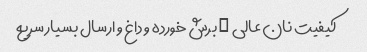
کیفیت نان عالی … برش خورده و داغ و ارسال بسیار سریع